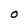
Character: O